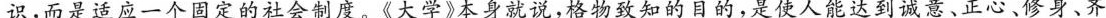
识，而是适应一个固定的社会制度。《大学》本身就说，格物致知的目的，是使人能达到诚意、正心、修身、齐